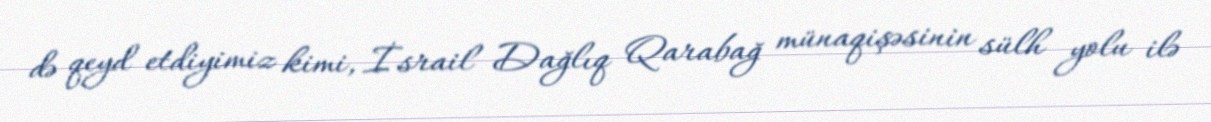
də qeyd etdiyimiz kimi, İsrail Dağlıq Qarabağ münaqişəsinin sülh yolu ilə